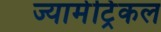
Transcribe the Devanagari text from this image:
ज्यामेट्रिकल